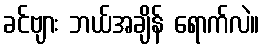
ခင်ဗျား ဘယ်အချိန် ရောက်လဲ။